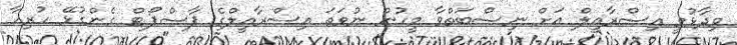
ވިދާޅުވީ އިސްރާއީލް އަށް ނިސްބަތްވާ މީހުން ނުވަތަ އިސްރާއީލްގެ ޕާސްޕޯޓް ގެންގުޅޭ ހުރިހާ